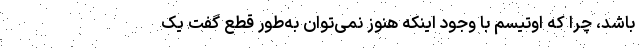
باشد، چرا که اوتیسم با وجود اینکه هنوز نمی‌توان به‌طور قطع گفت یک